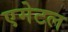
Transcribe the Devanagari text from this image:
एमेटल